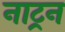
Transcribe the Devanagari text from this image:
नाट्रन